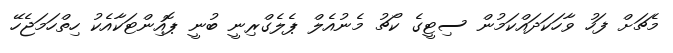
މެޗަށް ފަހު ވާހަކަދައްކަމުން ސިޓީގެ ކޯޗު މެނުއެލް ޕެލެގްރިނީ ބުނީ ޕޮއިންޓަކާއެކު ހިތްހަމަޖެހޭ